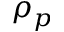
\rho _ { p }